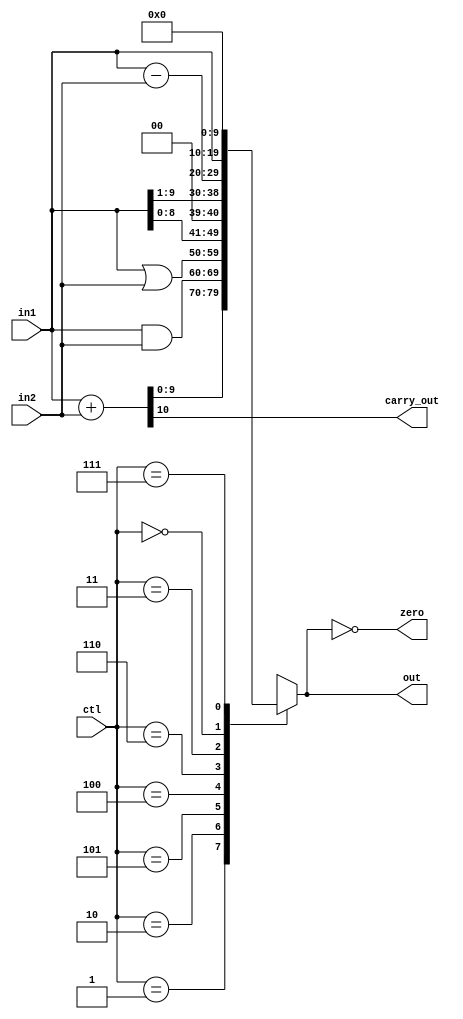
//*************************************************//
//***	Author: JeanCarlos Chavarria Hughes		***//
//***			 Alejandro Masis Castillo		***//
//***			 Natalia Araya Campos			***//
//***	email: negrotico19@gmail.com			***//
//***	Part of the pipelined_processor project ***//
//*************************************************//

//url: https://github.com/JeanCarlosChavarriaHughes/MIPS_pipelined_project.git

/* This is the ALU module
* 	One the alu operation is established
*	it is needed to develop the operation 
*	by calculating the arithmetic results
*	and instantiating the corresponding submodules
*/

`ifndef _alu
`define _alu

module alu #(parameter SIZE = 10)(
		input		[2:0]	ctl,
		input		[SIZE-1:0]	in1, in2,
		output reg	[SIZE-1:0]	out,
		output 				carry_out,
		output				zero);

	wire [SIZE-1:0] sub_ab;
	wire [SIZE-1:0] add_ab;
	wire 		oflow_add;
	wire 		oflow_sub;
	wire 		oflow;
	wire 		slt;
	wire [SIZE:0]	tmp;



	assign zero = (0 == out);
	assign carry_out = tmp[SIZE];
	assign add_ab = tmp[SIZE-1:0];

	assign sub_ab = in1 - in2;
	//assign add_ab = in1 + in2; //without carry
	assign tmp = in1 + in2; //with carry

	// overflow occurs (with 2's complement numbers) when
	// the operands have the same sign, but the sign of the result is
	// different.  The actual sign is the opposite of the result.
	// It is also dependent on wheter addition or subtraction is performed.
	assign oflow_add = (in1[SIZE-1] == in2[SIZE-1] && add_ab[SIZE-1] != in1[SIZE-1]) ? 1 : 0;
	assign oflow_sub = (in1[SIZE-1] == in2[SIZE-1] && sub_ab[SIZE-1] != in1[SIZE-1]) ? 1 : 0;

	assign oflow = (ctl == 4'b0010) ? oflow_add : oflow_sub;

	// set if less than, 2s compliment 32-bit numbers
	assign slt = oflow_sub ? ~(in1[SIZE-1]) : in1[SIZE-1];

	always @(*) begin
		case (ctl)
			3'b001: out <= add_ab;				// in1 + in2
			3'b010: out <= in1 & in2;			// and
			3'b101: out <= in1 | in2;			// or
			3'b100: out <= in1 << 1;			// Left Arithmetic shifting  //ASLA
			3'b110: out <= in1 >> 1;			// Right Arithmetic shifting //ASRA
			3'b011: out <= sub_ab;				// in1 - in2
			3'b000: out <= in1;					// Load instruction, ALU assigns in1 to result(data memory address)
			3'b111: out <= 0;				// Branch instruction, ALU does not do anything
			//4'b0111: out <= {{SIZE{1'b0}}, slt};	// set if less than
			//4'b000: out <= ~(in1 | in2);			// nor
			//4'b1101: out <= in1 ^ in2;				// xor
			default: out <= 0;
		endcase
	end

endmodule

`endif